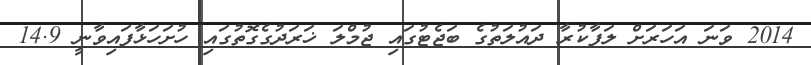
2014 ވަނަ އަހަރަށް ލަފާކުރާ ދައުލަތުގެ ބަޖެޓުގައި ޖުމްލަ ޚަރަދުގެގޮތުގައި ހުށަހަޅާފައިވާނީ 14.9